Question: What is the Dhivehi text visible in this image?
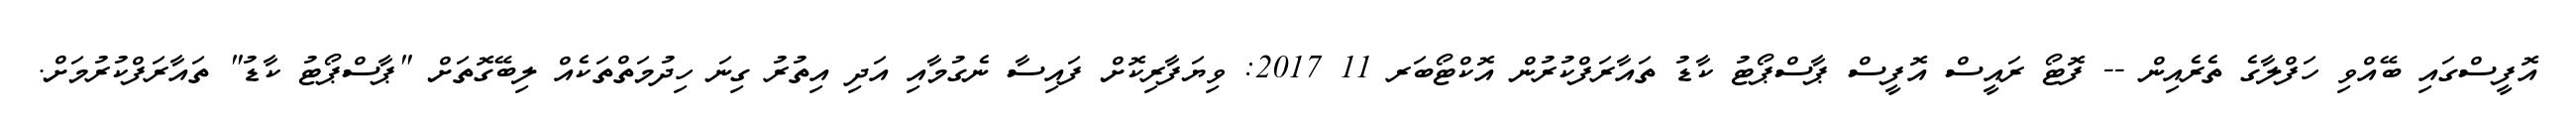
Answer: އޮފީސްގައި ބޭއްވި ހަފްލާގެ ތެރެއިން -- ފޮޓޯ ރައީސް އޮފީސް ޕާސްޕޯޓު ކާޑު ތައާރަފްކުރުން އޮކްޓޯބަރ 11 2017: ވިޔަފާރިކޮށް ފައިސާ ނެގުމާއި އަދި އިތުރު ގިނަ ހިދުމަތްތަކެއް ލިބޭގޮތަށް "ޕާސްޕޯޓު ކާޑު" ތައާރަފްކުރުމަށް.